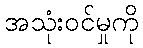
အသုံးဝင်မှုကို